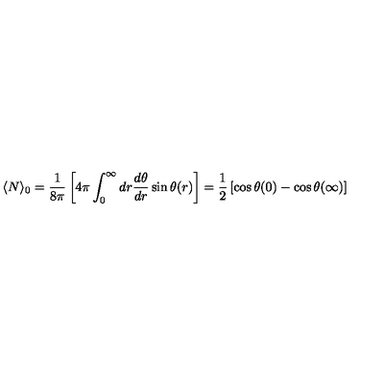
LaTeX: \langle N \rangle _ { 0 } = \frac { 1 } { 8 \pi } \left[ 4 \pi \int _ { 0 } ^ { \infty } d r \frac { d \theta } { d r } \sin \theta ( r ) \right] = \frac { 1 } { 2 } \left[ \cos \theta ( 0 ) - \cos \theta ( \infty ) \right]